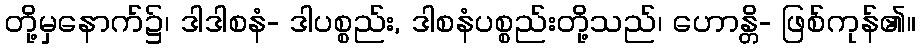
တို့မှနောက်၌၊ ဒါဒါစနံ- ဒါပစ္စည်း, ဒါစနံပစ္စည်းတို့သည်၊ ဟောန္တိ- ဖြစ်ကုန်၏။